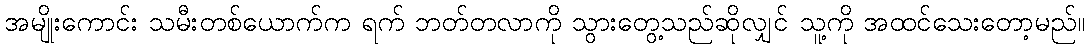
အမျိုးကောင်း သမီးတစ်ယောက်က ရက် ဘတ်တလာကို သွားတွေ့သည်ဆိုလျှင် သူ့ကို အထင်သေးတော့မည်။